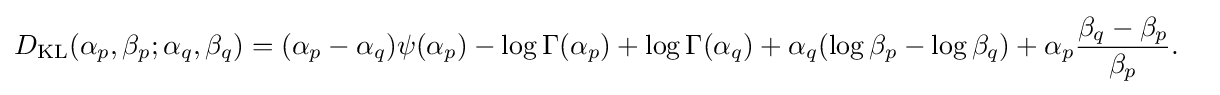
{\begin{aligned}D_{\mathrm {KL} }(\alpha _{p},\beta _{p};\alpha _{q},\beta _{q})={}&(\alpha _{p}-\alpha _{q})\psi (\alpha _{p})-\log \Gamma (\alpha _{p})+\log \Gamma (\alpha _{q})+\alpha _{q}(\log \beta _{p}-\log \beta _{q})+\alpha _{p}{\frac {\beta _{q}-\beta _{p}}{\beta _{p}}}.\end{aligned}}